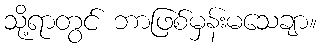
သို့ရာတွင် ဘာဖြစ်မှန်းမသေချာ။